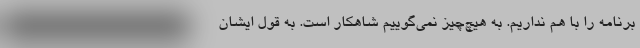
برنامه را با هم نداریم. به هیچ‌چیز نمی‌گوییم شاهکار است. به قول ایشان